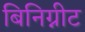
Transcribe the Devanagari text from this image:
बिनिग्नीट